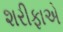
શરીફાએ